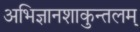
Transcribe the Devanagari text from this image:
अभिज्ञानशाकुन्तलम्‌